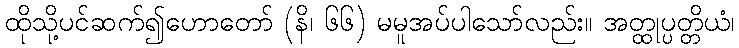
ထိုသို့ပင်ဆက်၍ဟောတော် (နိ၊ ၆၆) မမူအပ်ပါသော်လည်း။ အတ္ထုပ္ပတ္တိယံ၊